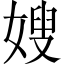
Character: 嫂